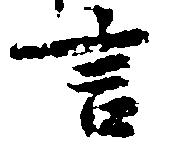
言